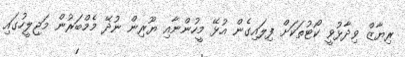
ރިޔާޒް ވިދާޅުވީ ކޯޓުތަކަށް ފިލައިގެން އުޅޭ މީހުންނާއި ޔޫރިން ނުދޭ މެމްބަރުން މަޖިލީހުގައި